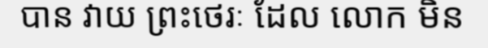
បាន វាយ ព្រះថេរៈ ដែល លោក មិន